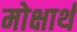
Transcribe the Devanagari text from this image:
मोक्षार्थं